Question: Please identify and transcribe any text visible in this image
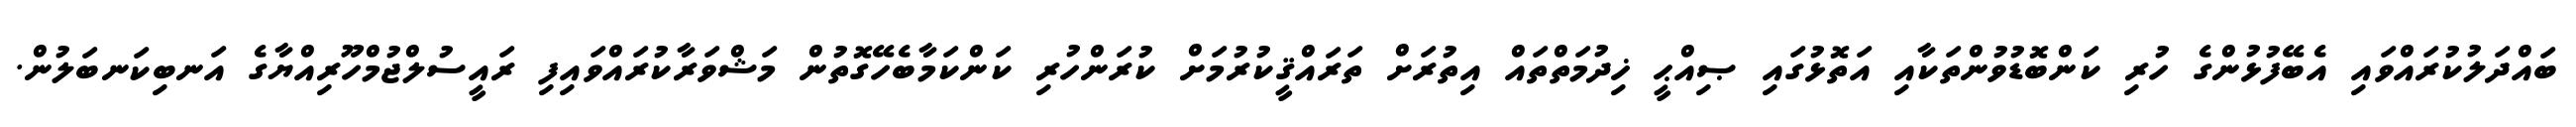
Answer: ބައްދަލުކުރައްވައި އެބޭފުޅުންގެ ހުރި ކަންބޮޑުވުންތަކާއި އަތޮޅުގައި ޞިއްޙީ ޚިދުމަތްތައް އިތުރަށް ތަރައްޤީކުރުމަށް ކުރަންހުރި ކަންކަމާބެހޭގޮތުން މަޝްވަރާކުރައްވައިފި ރައީސުލްޖުމްހޫރިއްޔާގެ އަނބިކަނބަލުން.